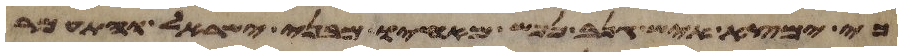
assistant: כי ימצא איש גנב נפש מאחיו מבני ישראל והתעמר